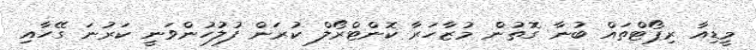
މީޑިއާ ރިޕޯޓްތައް ބުނާ ގޮތުން މުޒާހަރާ ކޮންޓްރޯލް ކުރަން ފުލުހުންވަނީ ކަރުނަ ގޭހާއި